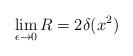
LaTeX: \begin{align*}\lim_{\epsilon\to 0} R = 2 \delta(x^2) \end{align*}